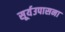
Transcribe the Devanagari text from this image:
सूर्यउपासना